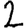
Digit: 2